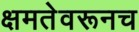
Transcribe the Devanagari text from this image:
क्षमतेवरूनच